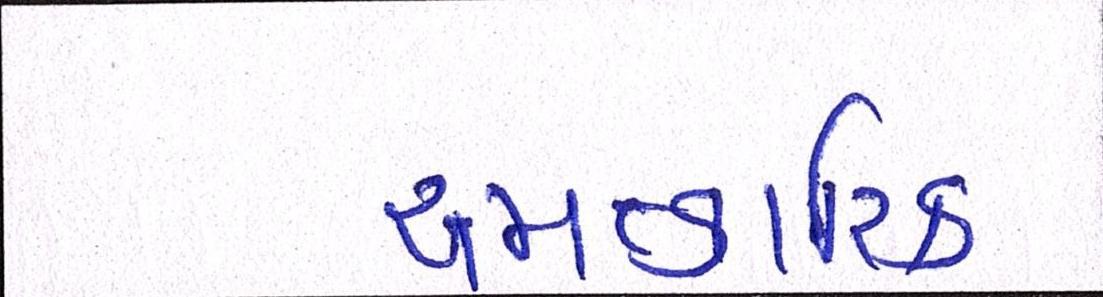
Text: ચમત્કારિક